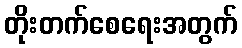
တိုးတက်စေရေးအတွက်